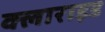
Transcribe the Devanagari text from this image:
क्लाराइड